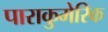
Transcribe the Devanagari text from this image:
पाराकुमेरिक